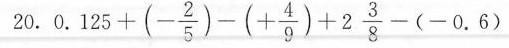
20.$$0 . 1 2 5 + ( - \frac { 2 } { 5 } ) - ( + \frac { 4 } { 9 } ) + 2 \frac { 3 } { 8 } - ( - 0 . 6 )